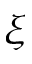
\xi